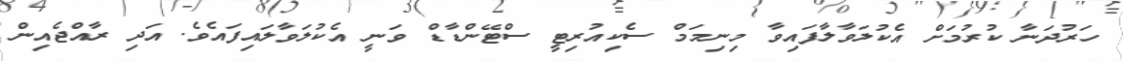
ހަރުދަނާ ކުރުމަށް އެކުލަވާލާފައިވާ މިނިމަމް ސެކިއުރިޓީ ސްޓޭންޑާޑް ވަނީ އެކުލަވާލައިފައެވެ. އަދި ރާއްޖެއިން